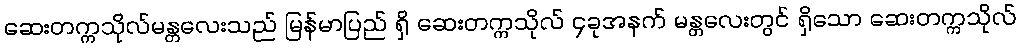
ဆေးတက္ကသိုလ်မန္တလေးသည် မြန်မာပြည် ရှိ ဆေးတက္ကသိုလ် ၄ခုအနက် မန္တလေးတွင် ရှိသော ဆေးတက္ကသိုလ်